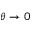
\theta \to 0